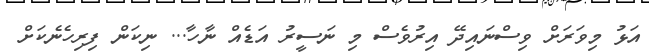
އަޅު މިވަރަށް ވިސްނައިދޭ އިރުވެސް މި ނަސީރު އަޑެއް ނާހާ... ނިކަން ފިރިހެނެކަށް